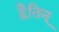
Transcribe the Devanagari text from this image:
द्वैतिन्